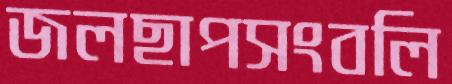
জলছাপসংবলি